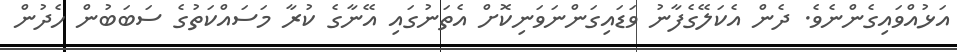
އަޅުއްވައިގެންނެވެ. ދެން އެކަލޭގެފާނު ވަޑައިގަންނަވަނިކޮށް އެތަނުގައި އޭނާގެ ކުރާ މަސައްކަތުގެ ސަބަބުން ހެދުން